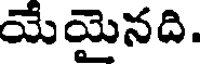
యేయైనది.